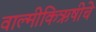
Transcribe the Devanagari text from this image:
वाल्मीकिऋषीचे